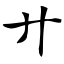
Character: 廾